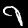
Label: 9